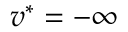
v ^ { * } = - \infty